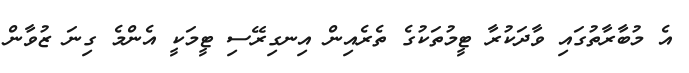
އެ މުބާރާތުގައި ވާދަކުރާ ޓީމުތަކުގެ ތެރެއިން އިނގިރޭސި ޓީމަކީ އެންމެ ގިނަ ޒުވާން